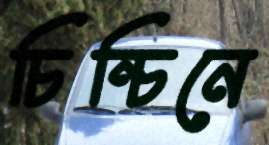
চিন্‌চিনে